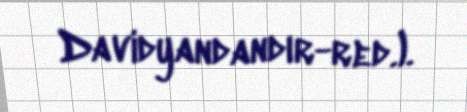
Davidyandandır-red.).